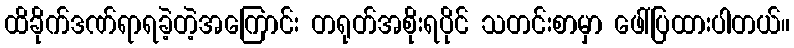
ထိခိုက်ဒဏ်ရာရခဲ့တဲ့အကြောင်း တရုတ်အစိုးရပိုင် သတင်းစာမှာ ဖေါ်ပြထားပါတယ်။